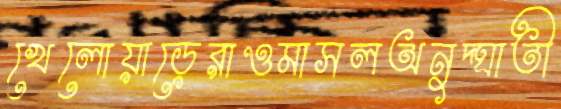
খেলোয়াড়েরাওমাসলঅনুদ্ঘাতী